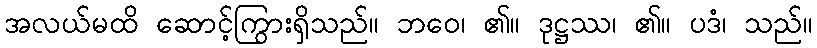
အလယ်မထိ ဆောင့်ကြွားရှိသည်။ ဘဝေ၊ ၏။ ဒုဋ္ဌဿ၊ ၏။ ပဒံ၊ သည်။